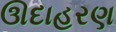
ઊદાહરણ